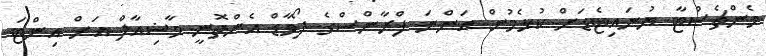
މެންޗެސްޓާ ޔުނައިޓެޑަށް ކުޅެމުން އަންނަ ފްރާންސްގެ ފޯވާޑް އެންތޮނީ މާޝިއާލް އަށް އިންޓަ